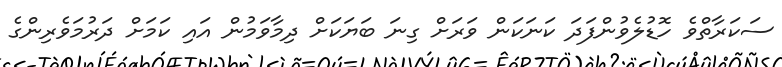
ސަކަރާތްވެ ހޮޑުލެވުންފަދަ ކަނަކަން ވަރަށް ގިނަ ބަޔަކަށް ދިމާވަމުން އައި ކަމަށް ދަރުމަވެރިންގެ